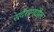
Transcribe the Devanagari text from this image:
संदेशामधील